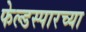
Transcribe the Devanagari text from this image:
फेल्डस्पारच्या